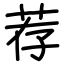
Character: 荐